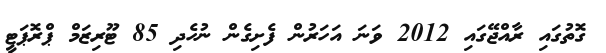
ގޮތުގައި ރާއްޖޭގައި 2012 ވަނަ އަހަރުން ފެށިގެން ނުހެދި 85 ޓޫރިޒަމް ޕްރޮޕަޓީ